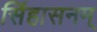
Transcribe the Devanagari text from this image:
सिंहासनम्